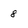
Character: 8